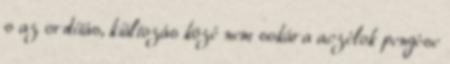
s az ordítás, kiáltozás közé nem sokára aczélok pengése